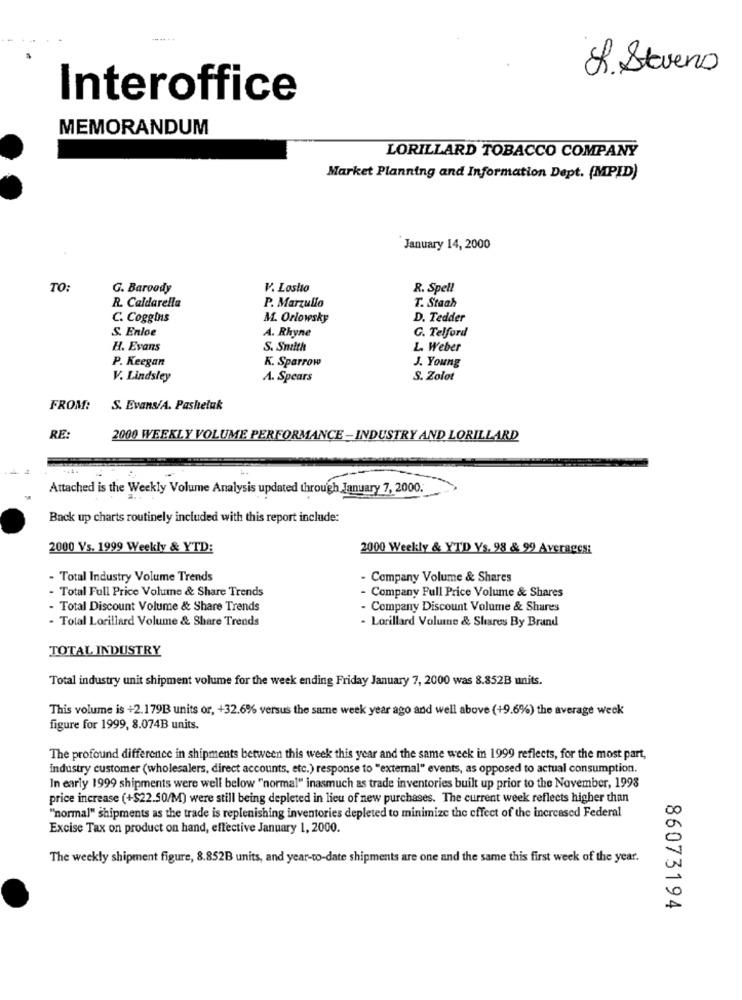
---- --
L. Stevens
Interoffice
MEMORANDUM
LORILLARD TOBACCO COMPANY
Market Planning and Information Dept. (MPID)
January 14, 2000
TO:
G. Baroody
V. Losito
R. Spell
R. Caldarella
P. Marzullo
T. Staah
C. Coggins
M. Orlowsky
D. Tedder
S. Enloe
A. Rhyne
G. Telford
H. Evans
S. Snulth
L. Weber
P. Keegan
K. Sparrow
J. Young
V. Lindsley
A. Spears
S. Zolot
FROM:
S. Evans/A. Pashetuk
RE:
2000 WEEKLY VOLUME PERFORMANCE - INDUSTRY AND LORILLARD
Attached is the Weekly Volume Analysis updated through January 7, 2000.
Back up charts routinely included with this report include:
2000 Vs. 1999 Weekly & YTD:
2000 Weekly & YTD Ys. 98 & 99 Averages:
- Total Industry Volume Trends
- Company Volume & Shares
- Total Full Price Volume & Share Trends
Company Full Price Volume & Shares
- Total Discount Volume & Share Trends
- Company Discount Volume & Shares
- Total Lorillard Volume & Share Trends
- Lorillard Volume & Shares By Brand
TOTAL INDUSTRY
Total industry unit shipment volume for the week ending Friday January 7, 2000 was 8.852B units.
This volume is +2.179B units or, +32.6% versus the same week year ago and well above (+9.6%) the average week
figure for 1999, 8.074B units.
The profound difference in shipments between this week this year and the same week in 1999 reflects, for the most part,
industry customer (wholesalers, direct accounts, etc.) response to "external" events, as opposed to actual consumption.
In early 1999 shipments were well below "normal" inasmuch as trade inventories built up prior to the November, 1998
price increase (+$22.50/M) were still being depleted in lieu of new purchases. The current week reflects higher than
"normal" shipments as the trade is replenishing inventories depleted to minimize the effect of the increased Federal
Excise Tax on product on hand, effective January 1, 2000.
The weekly shipment figure, 8.852B units, and year-to-date shipments are one and the same this first week of the year.
86073194